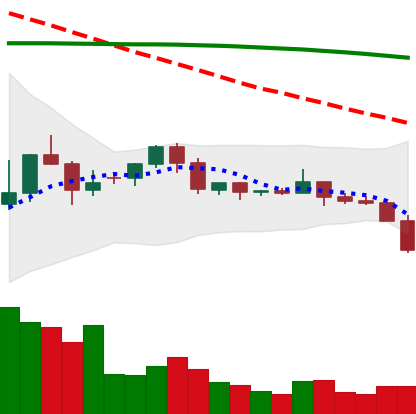
Ticker: ETC-USD
Chart end date: 2022-06-11
Forward return: -23.999%
Label: down_7plus